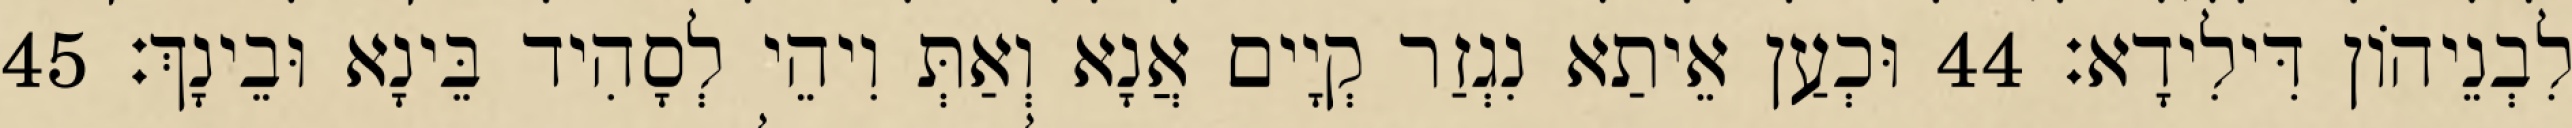
לִבְנֵיהוֹן דִּילִידָא׃ 44 וּכְעַן אֵיתַא נִגְזַר קְיָים אֲנָא וְאַתְּ וִיהֵי לְסָהִיד בֵּינָא וּבֵינָךְ׃ 45